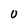
Character: 0